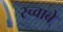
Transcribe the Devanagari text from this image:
स्च्वाबे